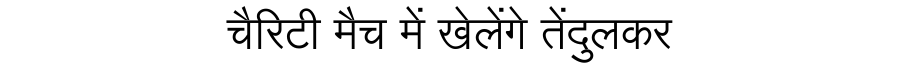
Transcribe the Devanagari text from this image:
चैरिटी मैच में खेलेंगे तेंदुलकर